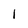
Character: 1